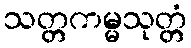
သတ္တကမ္မသုတ္တံ